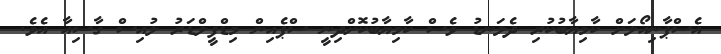
އެސްޕާނިއޯލަށް ކާމިޔާބުކުރި ދެލަނޑު ވެސް ކާމިޔާބުކޮށްދިނީ ސްޕެއިން މިޑްފީލްޑަރު ލުއިސް ގާސިއާ އެވެ.